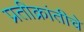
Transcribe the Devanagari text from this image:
प्रतीक्रांतीचे